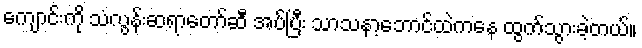
ကျောင်းကို သံလွန်းဆရာတော်ဆီ အပ်ပြီး သာသနာ့ဘောင်ထဲကနေ ထွက်သွားခဲ့တယ်။